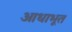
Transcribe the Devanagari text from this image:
आधाभूत